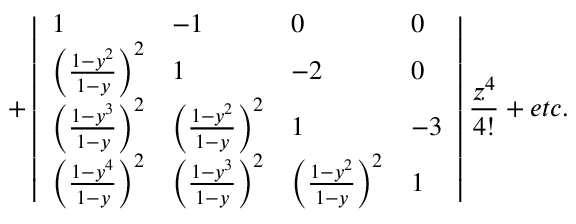
+ \left| \begin{array} { l l l l } { 1 } & { - 1 } & { 0 } & { 0 } \\ { \left( \frac { 1 - y ^ { 2 } } { 1 - y } \right) ^ { 2 } } & { 1 } & { - 2 } & { 0 } \\ { \left( \frac { 1 - y ^ { 3 } } { 1 - y } \right) ^ { 2 } } & { \left( \frac { 1 - y ^ { 2 } } { 1 - y } \right) ^ { 2 } } & { 1 } & { - 3 } \\ { \left( \frac { 1 - y ^ { 4 } } { 1 - y } \right) ^ { 2 } } & { \left( \frac { 1 - y ^ { 3 } } { 1 - y } \right) ^ { 2 } } & { \left( \frac { 1 - y ^ { 2 } } { 1 - y } \right) ^ { 2 } } & { 1 } \end{array} \right| \frac { z ^ { 4 } } { 4 ! } + e t c .